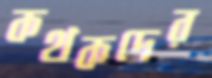
কথকদের